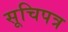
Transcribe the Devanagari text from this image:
सूचिपत्र